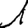
Digit: 1